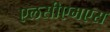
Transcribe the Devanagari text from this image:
एलसीएमएस